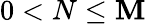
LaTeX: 0<N\leq\mathbf{M}